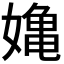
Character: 𭒗